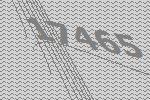
17465